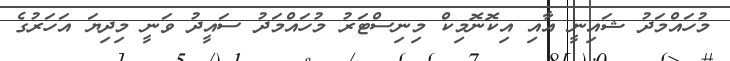
މުހައްމަދު ޝައިނީ އާއި އިކޮނޮމިކް މިނިސްޓަރު މުހައްމަދު ސައީދު ވަނީ މިދިޔަ އަހަރުގެ